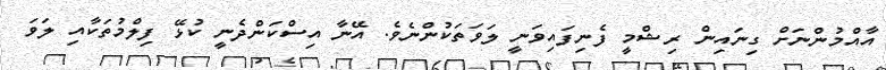
އާއްމުންނަށް ގިނައިން ރިޝްމީ ފެނިފައިވަނީ ލަވަތަކުންނެވެ. އޭނާ އިސްކަންދެނީ ކުޅޭ ފިލްމުތަކާއި ލަވަ